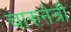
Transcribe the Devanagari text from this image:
चारुनेत्री